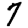
Digit: 7